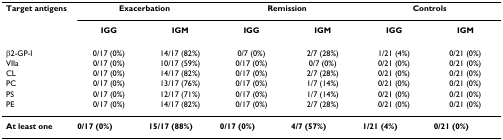
<table><thead><tr><td><b>Target antigens</b></td><td colspan="2"><b>Exacerbation</b></td><td colspan="2"><b>Remission</b></td><td colspan="2"><b>Controls</b></td></tr><tr><td></td><td><b>IGG</b></td><td><b>IGM</b></td><td><b>IGG</b></td><td><b>IGM</b></td><td><b>IGG</b></td><td><b>IGM</b></td></tr></thead><tbody><tr><td>β2-GP-I</td><td>0/17 (0%)</td><td>14/17 (82%)</td><td>0/7 (0%)</td><td>2/7 (28%)</td><td>1/21 (4%)</td><td>0/21 (0%)</td></tr><tr><td>VIIa</td><td>0/17 (0%)</td><td>10/17 (59%)</td><td>0/17 (0%)</td><td>0/7 (0%)</td><td>0/21 (0%)</td><td>0/21 (0%)</td></tr><tr><td>CL</td><td>0/17 (0%)</td><td>14/17 (82%)</td><td>0/17 (0%)</td><td>2/7 (28%)</td><td>0/21 (0%)</td><td>0/21 (0%)</td></tr><tr><td>PC</td><td>0/17 (0%)</td><td>13/17 (76%)</td><td>0/17 (0%)</td><td>1/7 (14%)</td><td>0/21 (0%)</td><td>0/21 (0%)</td></tr><tr><td>PS</td><td>0/17 (0%)</td><td>12/17 (71%)</td><td>0/17 (0%)</td><td>1/7 (14%)</td><td>0/21 (0%)</td><td>0/21 (0%)</td></tr><tr><td>PE</td><td>0/17 (0%)</td><td>14/17 (82%)</td><td>0/17 (0%)</td><td>2/7 (28%)</td><td>0/21 (0%)</td><td>0/21 (0%)</td></tr><tr><td><b>At least one</b></td><td><b>0/17 (0%)</b></td><td><b>15/17 (88%)</b></td><td><b>0/17 (0%)</b></td><td><b>4/7 (57%)</b></td><td><b>1/21 (4%)</b></td><td><b>0/21 (0%)</b></td></tr></tbody></table>